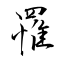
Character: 罹